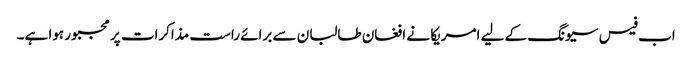
اب فیس سیونگ کے لیے امریکا نے افغان طالبان سے برائے راست مذاکرات پر مجبور ہوا ہے۔